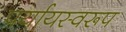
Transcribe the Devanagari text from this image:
पर्यायस्वरूप